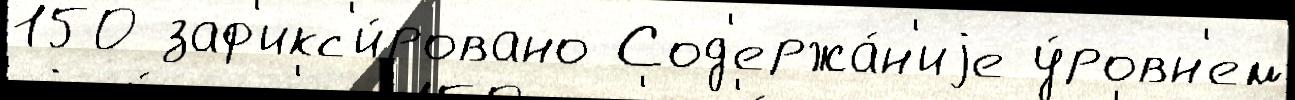
150 заф'икс'и́ровано Сод'ержа́н'иjе у́ровн'ем